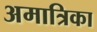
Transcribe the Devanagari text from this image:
अमात्रिका